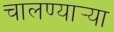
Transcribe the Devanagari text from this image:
चालण्यार्‍या